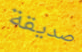
صديقة